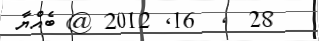
28